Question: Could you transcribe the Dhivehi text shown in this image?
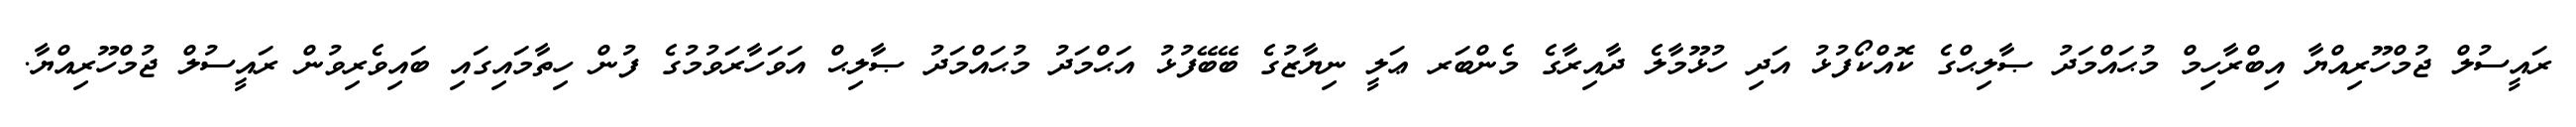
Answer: ރައީސުލް ޖުމްހޫރިއްޔާ އިބްރާހިމް މުޙައްމަދު ޞާލިޙްގެ ކޮއްކޯފުޅު އަދި ހުޅޫމާލެ ދާއިރާގެ މެންބަރ ޢަލީ ނިޔާޒުގެ ބޭބޭފުޅު އަޙްމަދު މުޙައްމަދު ޞާލިޙް އަވަހާރަވުމުގެ ފުން ހިތާމައިގައި ބައިވެރިވުން ރައީސުލް ޖުމްހޫރިއްޔާ.